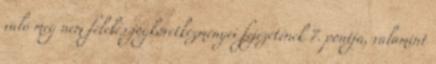
való meg nem felelés jogkövetkezményei fejezetének 7. pontja, valamint